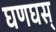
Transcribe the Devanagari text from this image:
घणघस्